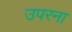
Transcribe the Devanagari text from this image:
उपरना